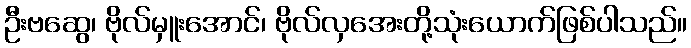
ဦးဗဆွေ၊ ဗိုလ်မှူးအောင်၊ ဗိုလ်လှအေးတို့သုံးယောက်ဖြစ်ပါသည်။